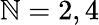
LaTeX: \mathbb{N}=2,4